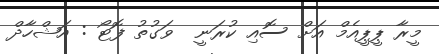
މީރާ ޕީޕީއެމް އަށް ސޮއި ކުރަނީ  ވަގުތު ފޮޓޯ : އަޝްހާދް